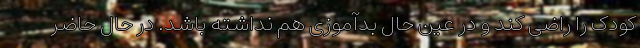
کودک را راضی کند و در عین حال بدآموزی هم نداشته باشد. در حال حاضر